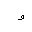
Letter: _waw